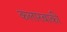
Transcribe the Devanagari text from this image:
कलारबाकी